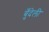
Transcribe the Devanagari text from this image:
बुँदेली